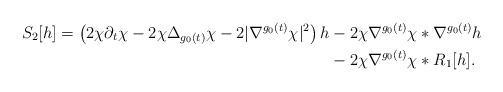
LaTeX: \begin{align*}S_2[h]=\left( 2\chi\partial_t\chi - 2\chi\Delta_{g_0(t)}\chi - 2|\nabla^{g_0(t)}\chi|^2 \right)h & - 2\chi \nabla^{g_0(t)}\chi * \nabla^{g_0(t)}h \\& - 2\chi\nabla^{g_0(t)}\chi*R_1[h].\end{align*}